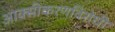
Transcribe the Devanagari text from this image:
आक्सीकरणविरोधी